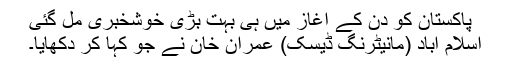
پاکستان کو دن کے آغاز میں ہی بہت بڑی خوشخبری مل گئی
اسلام آباد (مانیٹرنگ ڈیسک) عمران خان نے جو کہا کر دکھایا۔